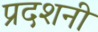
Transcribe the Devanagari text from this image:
प्रदशनी